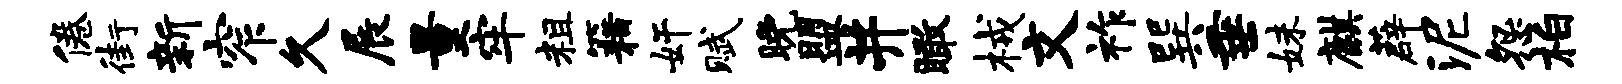
倦街新窄久展量牢粗籍奸赋晚盟井瞰械文祚巽垂妹麒薜泥怨柏